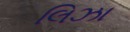
લિઝા